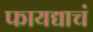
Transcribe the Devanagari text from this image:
फायद्याचं